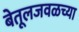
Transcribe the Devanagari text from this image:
बेतूलजवळच्या